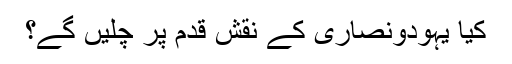
کیا یہودونصاریٰ کے نقشِ قدم پر چلیں گے؟